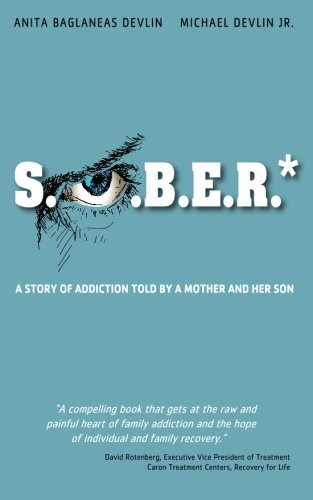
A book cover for S.O.B.E.R.*; Anita Baglaneas Devlin; Health, Fitness & Dieting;